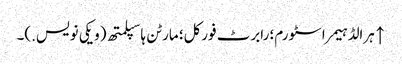
↑ ہرالڈ ہیمر اسٹورم؛ رابرٹ فورکل؛ مارٹن ہاسپلمتھ (ویکی نویس.)۔